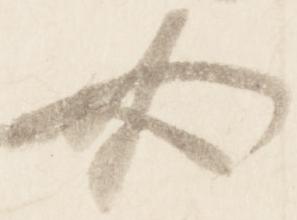
必